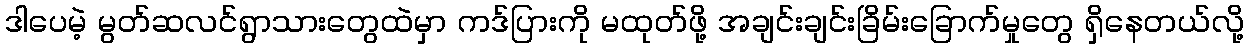
ဒါပေမဲ့ မွတ်ဆလင်ရွာသားတွေထဲမှာ ကဒ်ပြားကို မထုတ်ဖို့ အချင်းချင်းခြိမ်းခြောက်မှုတွေ ရှိနေတယ်လို့